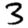
Digit: 3